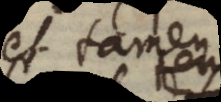
et tamen